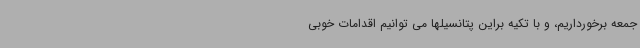
جمعه برخورداریم، و با تکیه براین پتانسیلها می توانیم اقدامات خوبی